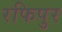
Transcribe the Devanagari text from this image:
रफिपुर